Indian journal of veterinary science and animal husbandry - Volume 8,
Year: 1938
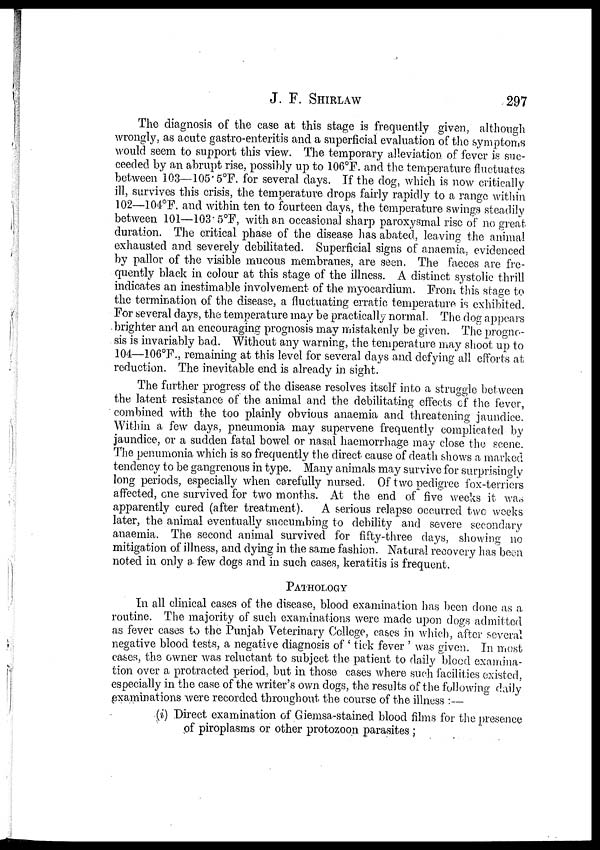
J. F.
SHIRLAW
297
The diagnosis of the case at this stage is frequently given, although
wrongly, as acute gastro-enteritis and a superficial evaluation of the symptoms
would seem to support this view. The temporary alleviation of fever is suc-
ceeded by an abrupt rise, possibly up to 106°F. and the temperature fluctuates
between 103—105.5°F. for several days. If the dog, which is now critically
ill, survives this crisis, the temperature drops fairly rapidly to a range within
102—104°F. and within ten to fourteen days, the temperature swings steadily
between 101—103.5°F, with an occasional sharp paroxysmal rise of no great
duration. The critical phase of the disease has abated, leaving the animal
exhausted and severely debilitated. Superficial signs of anaemia, evidenced
by pallor of the visible mucous membranes, are seen. The faeces are fre-
quently black in colour at this stage of the illness. A distinct systolic thrill
indicates an inestimable involvement of the myocardium. From this stage to
the termination of the disease, a fluctuating erratic temperature is exhibited.
For several days, the temperature may be practically normal. The dog appears
brighter and an encouraging prognosis may mistakenly be given. The progno-
sis is invariably bad. Without any warning, the temperature may shoot up to
104—106°F., remaining at this level for several days and defying all efforts at
reduction. The inevitable end is already in sight.
The further progress of the disease resolves itself into a struggle between
the latent resistance of the animal and the debilitating effects of the fever,
combined with the too plainly obvious anaemia and threatening jaundice.
Within a few days, pneumonia may supervene frequently complicated by
jaundice, or a sudden fatal bowel or nasal haemorrhage may close the scene.
The penumonia which is so frequently the direct cause of death shows a marked
tendency to be gangrenous in type. Many animals may survive for surprisingly
long periods, especially when carefully nursed. Of two pedigree fox-terriers
affected, one survived for two months. At the end of five weeks it was
apparently cured (after treatment). A serious relapse occurred two weeks
later, the animal eventually succumbing to debility and severe secondary
anaemia. The second animal survived for fifty-three days, showing no
mitigation of illness, and dying in the same fashion. Natural recovery has been
noted in only a few dogs and in such cases, keratitis is frequent.
PATHOLOGY
In all clinical cases of the disease, blood examination has been done as a
routine. The majority of such examinations were made upon dogs admitted
as fever cases to the Punjab Veterinary College, cases in which, after several
negative blood tests, a negative diagnosis of ' tick fever ' was given. In most
cases, the owner was reluctant to subject the patient to daily blood examina-
tion over a protracted period, but in those cases where such facilities existed,
especially in the case of the writer's own dogs, the results of the following daily
examinations were recorded throughout the course of the illness :—
(i) Direct examination of Giemsa-stained blood films for the presence
of piroplasms or other protozoon parasites ;